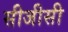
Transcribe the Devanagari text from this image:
सीजीसी